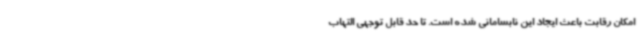
امکان رقابت باعث ایجاد این نابسامانی شده است. تا حد قابل توجهی التهاب